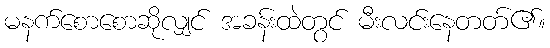
မနက်စောစောဆိုလျှင် အခန်းထဲတွင် မီးလင်းနေတတ်၏။